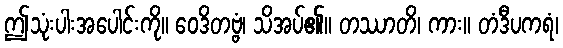
ဤသုံးပါးအပေါင်းကို။ ဝေဒိတဗ္ဗံ၊ သိအပ်၏။ တဿာတိ၊ ကား။ တံဒီပကရံ၊